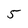
Character: 5